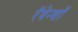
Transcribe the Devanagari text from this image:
रॅवेन्शॉ